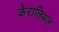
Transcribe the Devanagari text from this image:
केरालिथल